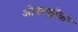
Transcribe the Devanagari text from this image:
ओवरक्लॉकर